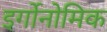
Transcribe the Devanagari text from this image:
इर्गोनोमिक